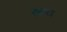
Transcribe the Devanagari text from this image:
क़रा